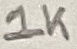
Text: 1K